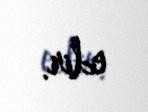
edir.